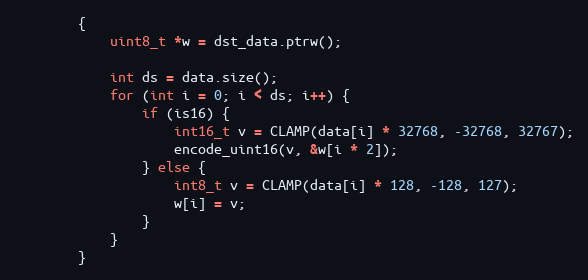
Language: C++
		{
			uint8_t *w = dst_data.ptrw();

			int ds = data.size();
			for (int i = 0; i < ds; i++) {
				if (is16) {
					int16_t v = CLAMP(data[i] * 32768, -32768, 32767);
					encode_uint16(v, &w[i * 2]);
				} else {
					int8_t v = CLAMP(data[i] * 128, -128, 127);
					w[i] = v;
				}
			}
		}